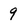
Character: 9